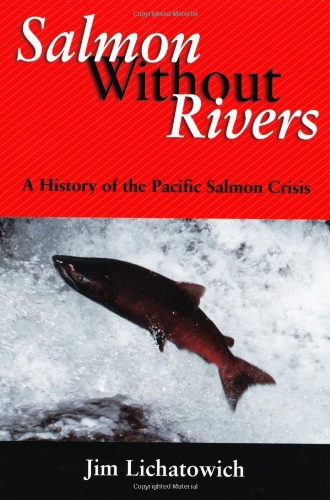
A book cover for Salmon Without Rivers: A History Of The Pacific Salmon Crisis; James A. Lichatowich; Science & Math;